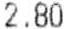
2.80